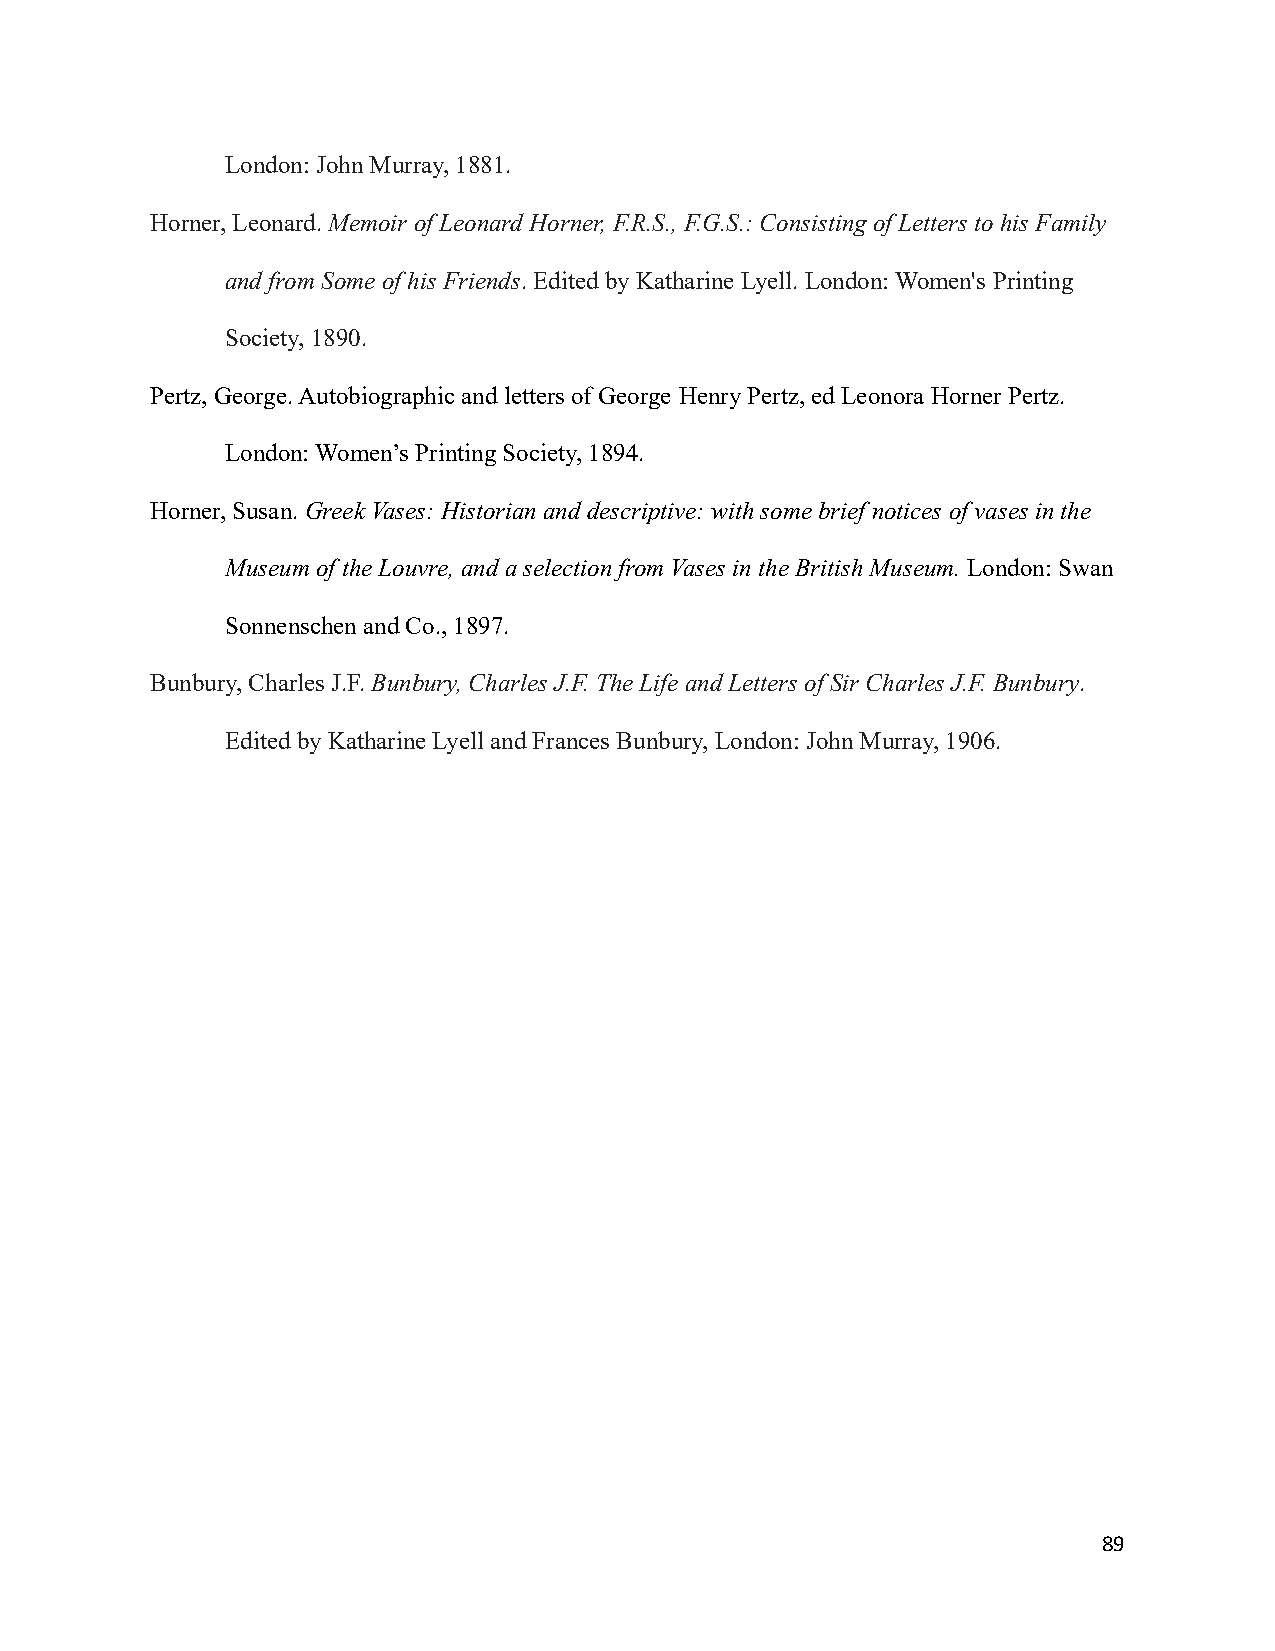
London: John Murray, 1881.
 Horner, Leonard. Memoir of Leonard Horner, F.R.S.,F.G.S.: Consisting of Letters to his Family
 and from Some of his Friends. Edited by KatharineLyell. London: Women's Printing
 Society, 1890.
 Pertz, George. Autobiographic and letters of George Henry Pertz, ed Leonora Horner Pertz.
 London: Women’s Printing Society, 1894.
 Horner, Susan. Greek Vases: Historian and descriptive:with some brief notices of vases in the
 Museum of the Louvre, and a selection from Vases inthe British Museum.London: Swan
 Sonnenschen and Co., 1897.
 Bunbury, Charles J.F. Bunbury, Charles J.F. The Lifeand Letters of Sir Charles J.F. Bunbury.
 Edited by Katharine Lyell and Frances Bunbury, London:John Murray, 1906.
 89